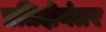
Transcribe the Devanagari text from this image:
प्रतिक्षेनंतर